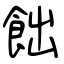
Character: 飿